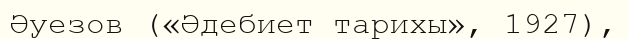
Әуезов («Әдебиет тарихы», 1927),